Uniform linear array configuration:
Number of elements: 16
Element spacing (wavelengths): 0.25
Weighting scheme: cosine
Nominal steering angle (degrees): -60
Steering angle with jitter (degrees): -59.055
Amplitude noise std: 0.05
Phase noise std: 0.05

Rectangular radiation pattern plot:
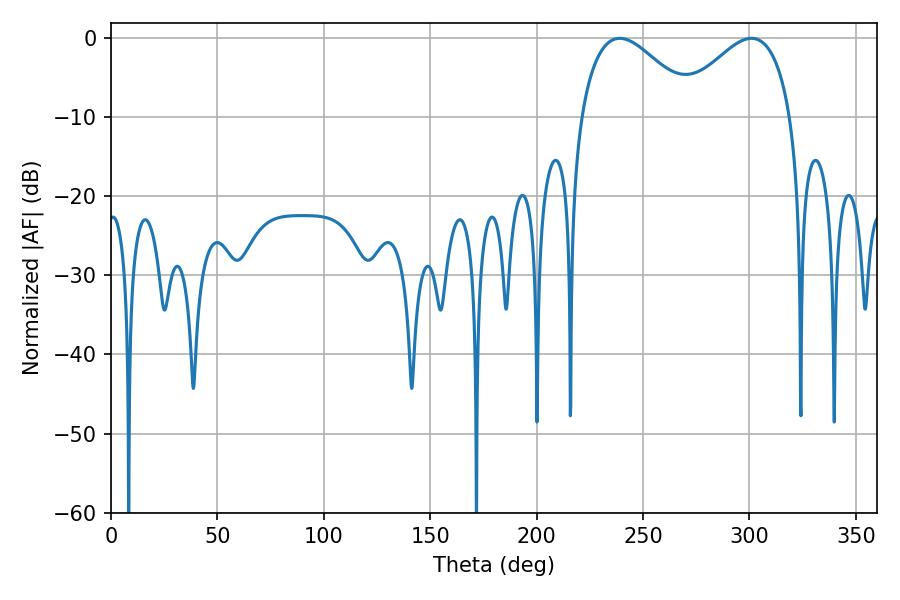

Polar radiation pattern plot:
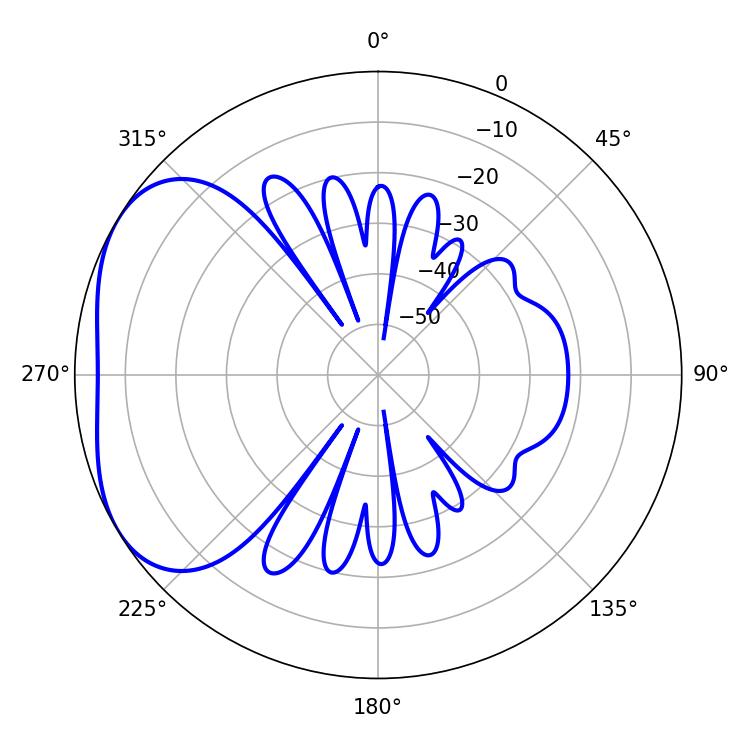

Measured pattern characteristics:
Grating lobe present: FALSE
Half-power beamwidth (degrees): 29.16
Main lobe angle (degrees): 239.04